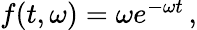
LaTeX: \begin{array}{r}{f(t,\omega)=\omega e^{-\omega t}\, ,}\end{array}